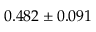
0 . 4 8 2 \pm 0 . 0 9 1